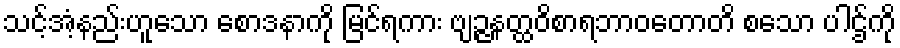
သင့်အံ့နည်းဟူသော စောဒနာကို မြင်ရကား ဗျဉ္ဇနတ္ထဝိစာရဘာဝတောတိ စသော ပါဌ်ကို